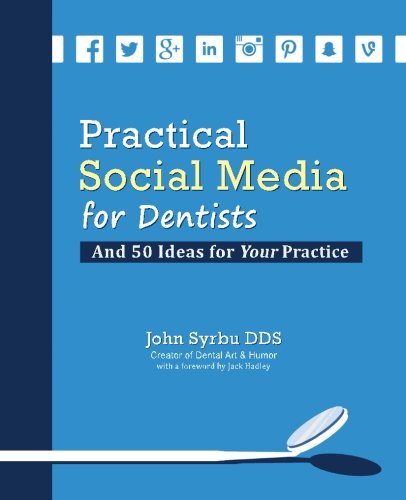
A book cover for Practical Social Media for Dentists; John Syrbu; Medical Books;